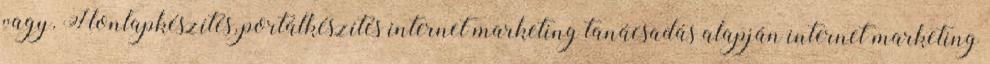
vagy. Honlapkészítés, portálkészítés internet marketing tanácsadás alapján internet marketing